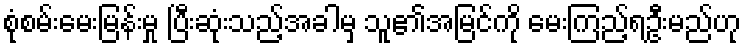
စုံစမ်းမေးမြန်းမှု ပြီးဆုံးသည့်အခါမှ သူ၏အမြင်ကို မေးကြည့်ရဦးမည်ဟု